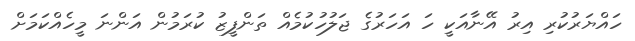
ހައްޔަރުކުރި އިރު އޭނާއަކީ ހަ އަހަރުގެ ޖަލުހުކުމެއް ތަންފީޒު ކުރަމުން އަންނަ މީހެއްކަމަށް